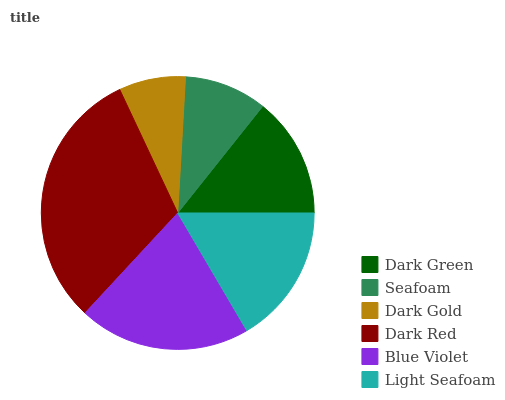
| Dark Green | Seafoam | Dark Gold | Dark Red | Blue Violet | Light Seafoam |
 | --- | --- | --- | --- | --- | --- |
 | 14.3% | 9.79% | 7.89% | 31.2% | 20.3% | 16.5% |